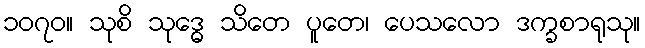
၁၀၇၀။ သုစိ သုဒ္ဓေ သိတေ ပူတေ၊ ပေသလော ဒက္ခစာရုသု။